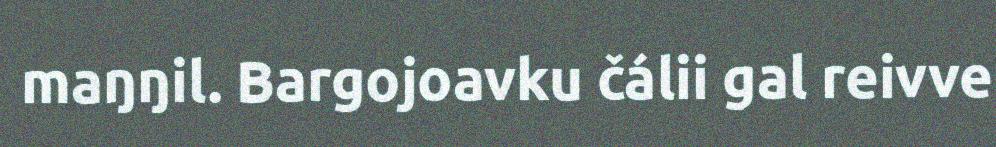
maŋŋil. Bargojoavku čálii gal reivve